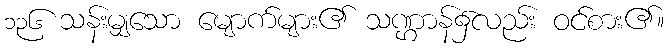
၁၃၆ သန်းမျှသော မျောက်များ၏ သဏ္ဌာန်၌လည်း ဝင်စား၏။